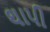
થાપી